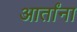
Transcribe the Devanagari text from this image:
आर्तांना